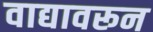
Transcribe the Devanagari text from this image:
वाद्यावरून